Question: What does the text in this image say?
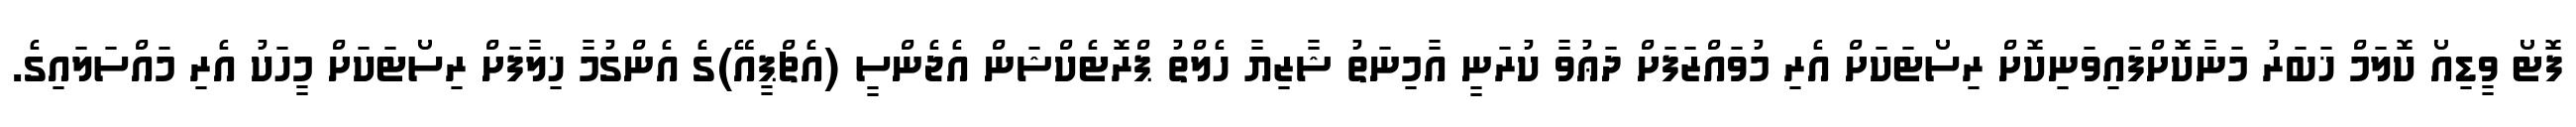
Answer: ފޮޓޯ ވީޑިއޯ ކޮލަމް ޚަބަރު މަނާކޮށްފައިވަނިކޮށް ރިސޯޓަކަށް އެރި މުވައްޒަފަށް ދަޢުވާ ކުރަނީ އާމިނަތު ޝާޒިޔާ ހެލްތު ޕްރޮޓެކްޝަން އެޖެންސީ (އެޗްޕީއޭ)ގެ އެންގުމާ ޚިލާފަށް ރިސޯޓަކަށް މީހަކު އެރި މައްސަލައިގެ.